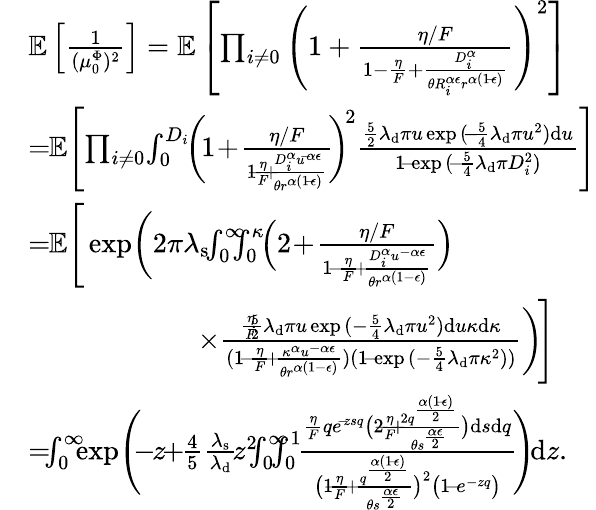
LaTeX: \begin{array}{rl}&{\mathbb{E}\left[\frac{1}{(\mu_{0}^{\Phi})^{2}}\right]=\mathbb{E}\left[\prod_{i\neq 0}\Bigg(1+\frac{\eta/F}{1-\frac{\eta}{F}+\frac{D_{i}^{\alpha}}{\theta R_{i}^{\alpha\epsilon}r^{\alpha(1\! -\! \epsilon)}}}\Bigg)^{2}\right]}\\ &{=\! \! \mathbb{E}\Bigg[\! \prod_{i\neq 0}\! \int_{0}^{D_{i}}\! \! \bigg(\! 1\! +\! \frac{\eta/F}{1\! \! -\! \! \frac{\eta}{F}\! \! +\! \! \frac{D_{i}^{\alpha}u^{\! -\! \alpha\epsilon}}{\theta r^{\alpha(1\! -\! \epsilon)}}}\! \bigg)^{\! 2}\frac{\frac{5}{2}\lambda_{\mathrm{d}}\pi u\exp{(\! -\! \frac{5}{4}\lambda_{\mathrm{d}}\pi u^{2})}\mathrm{d}u}{1\! -\! \exp{(\! -\! \frac{5}{4}\lambda_{\mathrm{d}}\pi D_{i}^{2})}}\Bigg]}\\ &{=\! \! \mathbb{E}\Bigg[\exp\! \bigg(2\pi\lambda_{\mathrm{s}}\! \! \int_{0}^{\infty}\! \! \! \! \int_{0}^{\kappa}\! \! \Big(2\! +\! \frac{\eta/F}{1\! -\! \frac{\eta}{F}\! +\! \frac{D_{i}^{\alpha}u^{-\alpha\epsilon}}{\theta r^{\alpha(1-\epsilon)}}}\Big)}\\ &{\qquad\qquad\qquad\times\frac{\frac{\eta}{F}\! \! \cdot\! \! \frac{5}{2}\lambda_{\mathrm{d}}\pi u\exp{(-\frac{5}{4}\lambda_{\mathrm{d}}\pi u^{2})}\mathrm{d}u\kappa\mathrm{d}\kappa}{(1\! -\! \frac{\eta}{F}\! +\! \frac{\kappa^{\alpha}u^{-\alpha\epsilon}}{\theta r^{\alpha(1-\epsilon)}})(1\! -\! \exp{(-\frac{5}{4}\lambda_{\mathrm{d}}\pi\kappa^{2})})}\bigg)\! \Bigg]}\\ &{=\! \! \! \int_{0}^{\infty}\! \! \! \exp{\! \Bigg(\! \! \! -\! \! z\! \! +\! \! \frac{4}{5}\frac{\lambda_{\mathrm{s}}}{\lambda_{\mathrm{d}}}\! z^{2}\! \! \! \int_{0}^{\infty}\! \! \! \! \! \int_{0}^{1}\! \! \frac{\frac{\eta}{F}qe^{\! -\! zsq}\big(2\! \! -\! \! \frac{\eta}{F}\! \! +\! \! \frac{2q^{\frac{\alpha(1\! -\! \epsilon)}{2}}}{\theta s^{\frac{\alpha\epsilon}{2}}}\big)\mathrm{d}s\mathrm{d}q}{\big(1\! \! -\! \! \frac{\eta}{F}\! +\! \frac{q^{\frac{\alpha(1\! -\! \epsilon)}{2}}}{\theta s^{\frac{\alpha\epsilon}{2}}}\big)^{2}\big(1\! -\! e^{-zq}\big)}\! \Bigg)}\! \mathrm{d}z.}\end{array}